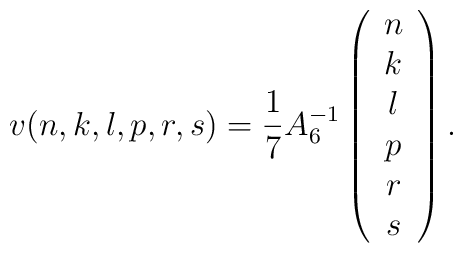
v(n,k,l,p,r,s)=\frac{1}{7}A_6^{-1}\left(\begin{array}{c}n\\k\\l\\p\\r\\s\end{array}\right).